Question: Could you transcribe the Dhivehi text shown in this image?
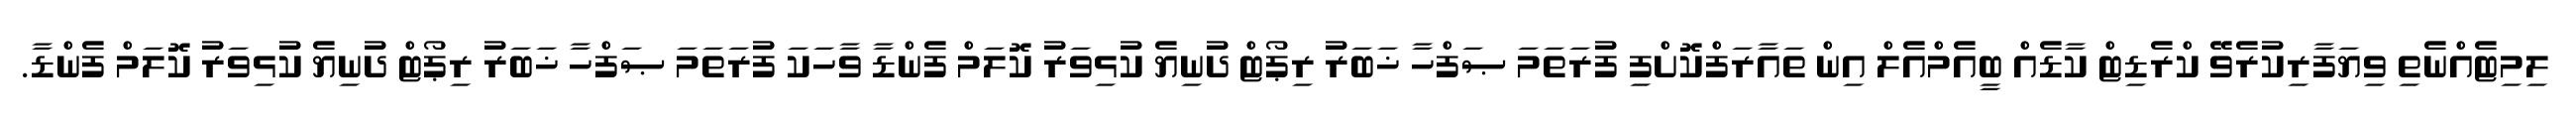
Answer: ލިމިޓެއްނެތި ވިޔަފާރިކުރެވޭ ކްރެޑިޓް ކާޑެއް ބީއެމްއެލް އިން ތައާރަފްކޮށްފި ފުރަތަމަ ޞަފްހާ ޚަބަރު ރިޕޯޓް ދުނިޔެ ކުޅިވަރު ކޮލަމް ފެންޑާ ވާހަކަ ފުރަތަމަ ޞަފްހާ ޚަބަރު ރިޕޯޓް ދުނިޔެ ކުޅިވަރު ކޮލަމް ފެންޑާ.